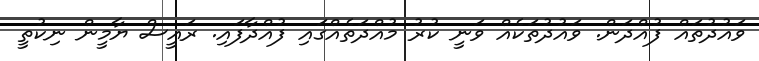
ވައުދުތައް ފުއްދަން. ވައުދުތަކެއް ވަނީ ކުރު މުއްދަތެއްގައި ފުއްދާފައި. ރައީސް ޔާމީން ނިކުތީ